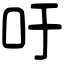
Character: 吁